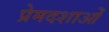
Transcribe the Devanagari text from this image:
प्रेमदशाओं